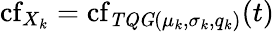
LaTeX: \operatorname{cf}_{X_{k}}=\operatorname{cf}_{\mathit{TQG}(\mu_{k},\sigma_{k},q_{k})}(t)